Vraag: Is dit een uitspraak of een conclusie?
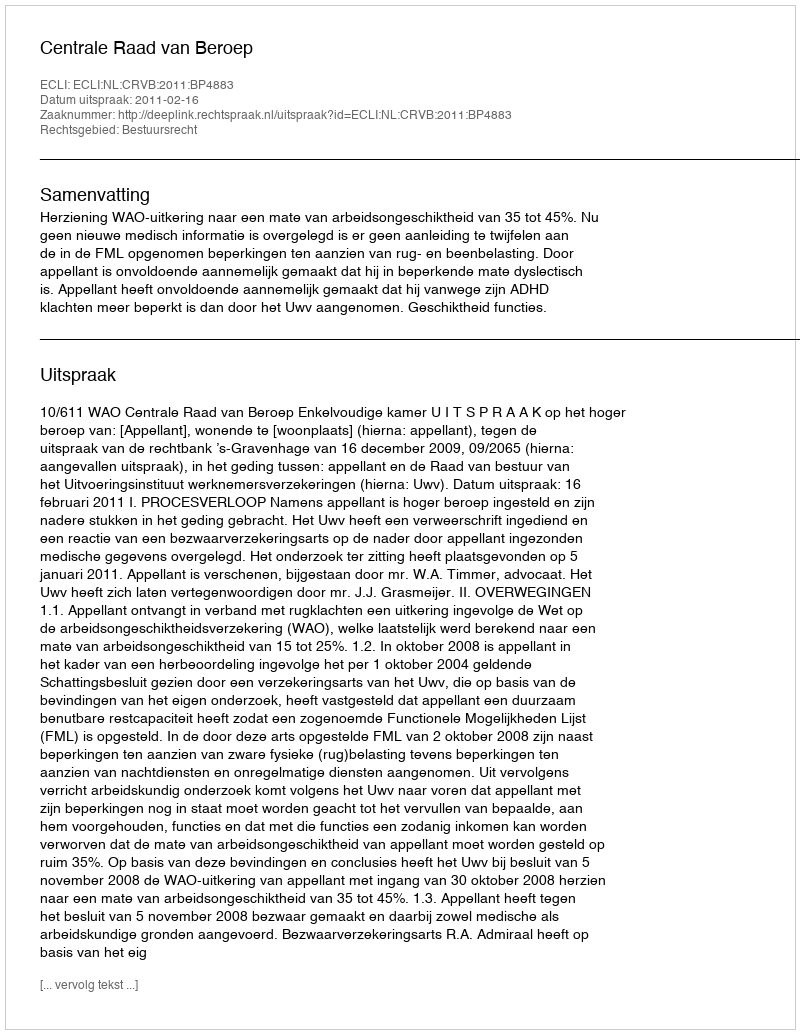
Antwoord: Uitspraak